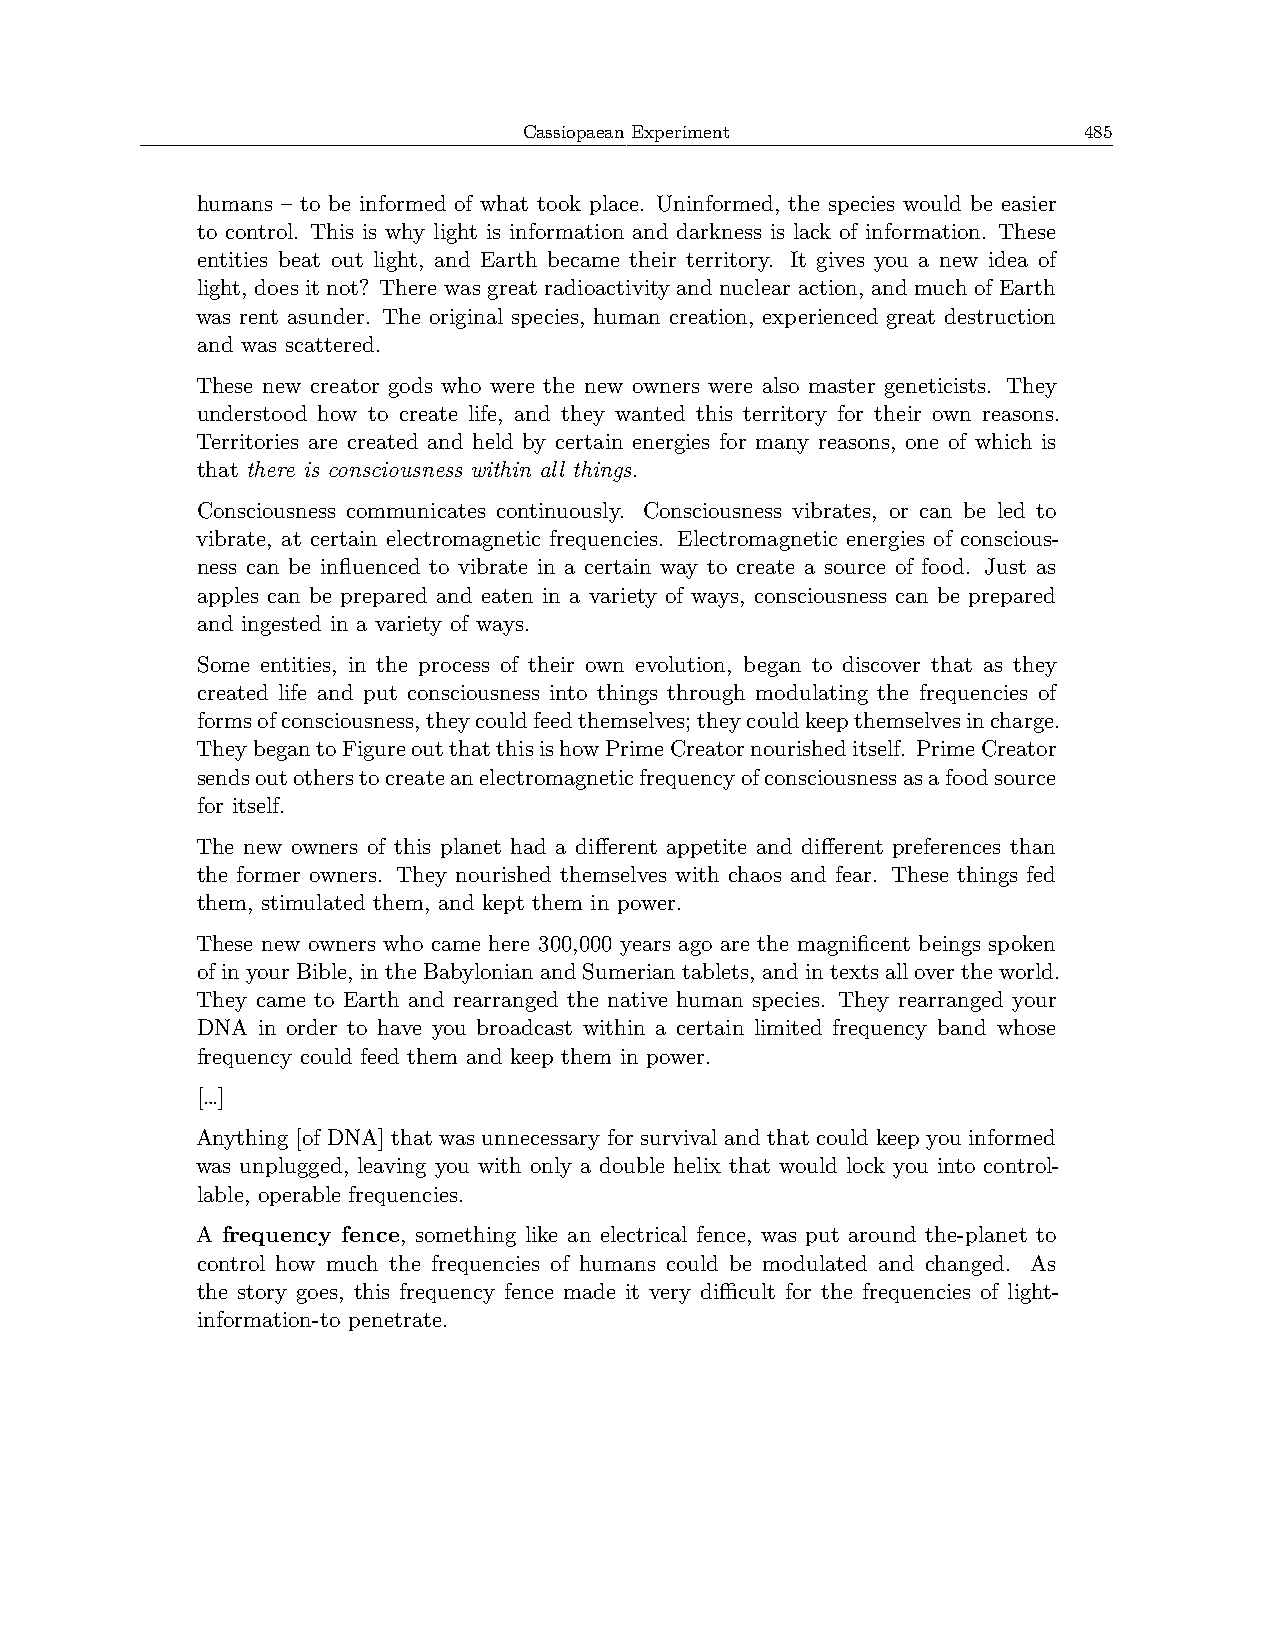
Cassiopaean Experiment               485
 humans – to be informed of what took place. Uninformed, the species would be easier
 to control. This is why light is information and darkness is lack of information. These
 entities beat out light, and Earth became their territory. It gives you a new idea of
 light, does it not? There was great radioactivity and nuclear action, and much of Earth
 was rent asunder. The original species, human creation, experienced great destruction
 and was scattered.
 These new creator gods who were the new owners were also master geneticists. They
 understood how to create life, and they wanted this territory for their own reasons.
 Territories are created and held by certain energies for many reasons, one of which is
 that there is consciousness within all things.
 Consciousness communicates continuously. Consciousness vibrates, or can be led to
 vibrate, at certain electromagnetic frequencies. Electromagnetic energies of conscious-
 ness can be influenced to vibrate in a certain way to create a source of food. Just as
 apples can be prepared and eaten in a variety of ways, consciousness can be prepared
 and ingested in a variety of ways.
 Some entities, in the process of their own evolution, began to discover that as they
 created life and put consciousness into things through modulating the frequencies of
 formsofconsciousness,theycouldfeedthemselves;theycouldkeepthemselvesincharge.
 TheybegantoFigureoutthatthisishowPrimeCreatornourisheditself. PrimeCreator
 sendsoutotherstocreateanelectromagneticfrequencyofconsciousnessasafoodsource
 for itself.
 The new owners of this planet had a different appetite and different preferences than
 the former owners. They nourished themselves with chaos and fear. These things fed
 them, stimulated them, and kept them in power.
 These new owners who came here 300,000 years ago are the magnificent beings spoken
 ofinyourBible, intheBabylonianandSumeriantablets, andintextsallovertheworld.
 They came to Earth and rearranged the native human species. They rearranged your
 DNA in order to have you broadcast within a certain limited frequency band whose
 frequency could feed them and keep them in power.
 […]
 Anything [of DNA] that was unnecessary for survival and that could keep you informed
 was unplugged, leaving you with only a double helix that would lock you into control-
 lable, operable frequencies.
 A frequency fence, something like an electrical fence, was put around the-planet to
 control how much the frequencies of humans could be modulated and changed. As
 the story goes, this frequency fence made it very diﬀicult for the frequencies of light-
 information-to penetrate.